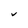
Character: V